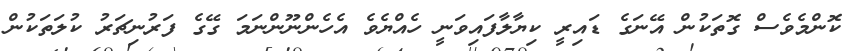
ކޮންމެވެސް ގޮތަކުން އޭނަގެ ޑައިރީ ކިޔާލާފައިވަނީ ހެއްޔެވެ އެހެންނޫންނަމަ ގޭގެ ފަރުނިޗަރު ކުލަތަކުން